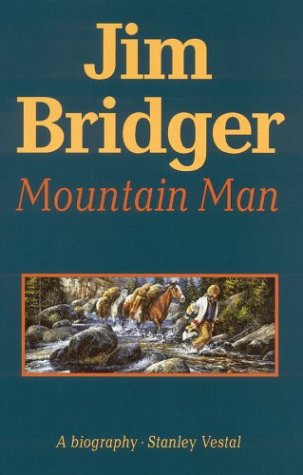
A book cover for Jim Bridger: Mountain Man; Stanley Vestal; History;